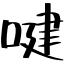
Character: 𠸻